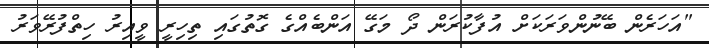
"އަހަރެން ބޭނުންވަރަކަށް އުފާކުރަން ދޯ މަގޭ އަންބެއްގެ ގޮތުގައި ތިހިރީ ވީއިރު ހިތްފުރޭވަރު